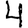
Digit: 4